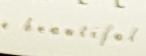
beautiful